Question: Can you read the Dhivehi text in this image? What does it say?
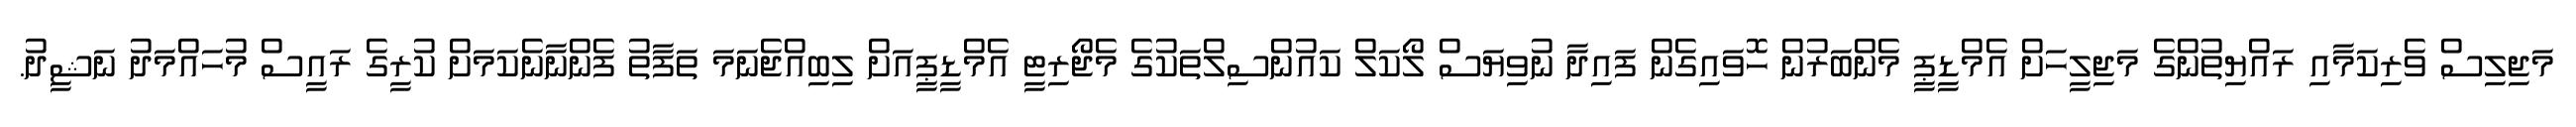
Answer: މަޖިލިސް ވެރިކަމާއި ރައްޔިތުންގެ މަޖިލީހަށް އެމްޑީޕީ މެންބަރުން ހޮވައިގެން ފައިދާ ނުވިޔަސް ލޯކަލް ކައުންސިލްތަކުގެ މެޖޯރިޓީ އެމްޑީޕީއަށް ލިބިއްޖެނަމަ ތަފާތު ފެންނާނެކަމަށް ކުރީގެ ރައީސް މުހައްމަދު ނަޝީދު.